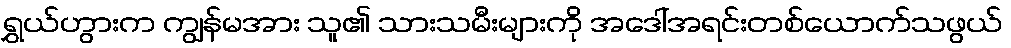
ရွှယ်ဟွားက ကျွန်မအား သူ၏ သားသမီးများကို အဒေါ်အရင်းတစ်ယောက်သဖွယ်